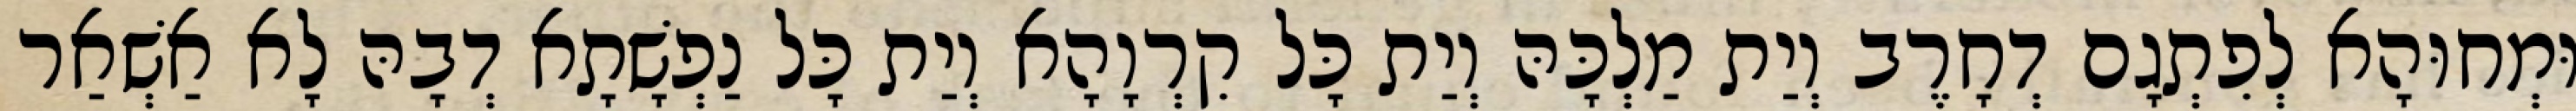
וּמְחוּהָא לְפִתְגָם דְחָרֶב וְיַת מַלְכָּהּ וְיַת כָּל קִרְוָהָא וְיַת כָּל נַפְשָׁתָא דְבָהּ לָא אַשְׁאַר